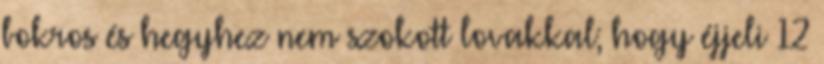
bokros és hegyhez nem szokott lovakkal; hogy éjjeli 12